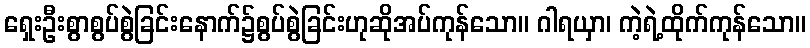
ရှေးဦးစွာစွပ်စွဲခြင်းနောက်၌စွပ်စွဲခြင်းဟုဆိုအပ်ကုန်သော။ ဂါရယှာ၊ ကဲ့ရဲ့ထိုက်ကုန်သော။